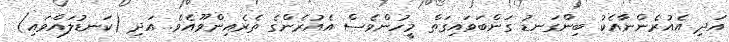
އަދި އެއުރެންނާއެކު ބިންގަނޑު ގަންބަވައިގަތް މީހުންވެސް އެއުރެންގެ ތެރެއިންވޫއެވެ. އަދި (ކަނޑުލައްވައި)